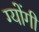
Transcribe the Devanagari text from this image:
ग्योंगी